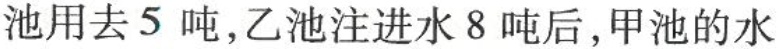
池用去5吨，乙池注进水8吨后，甲池的水